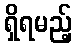
ရှိရမည့်